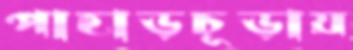
পাহাড়চূড়ায়